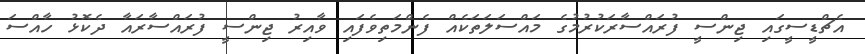
އެޗްޑީސީގައި ޖިންސީ ފުރައްސާރަކުރުމުގެ މައްސަލަތަކެއް ފެންމަތިވެފައި ވާއިރު ޖިންސީ ފުރައްސާރައާ ދެކޮޅު ހާއްސަ